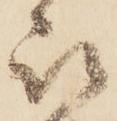
被